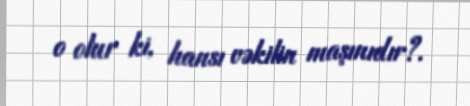
o olur ki, hansı vəkilin maşınıdır?.